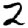
Digit: 2